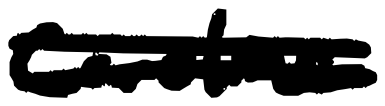
Text: Caroline
Cross-out: double-line
Writing tool: digital_black